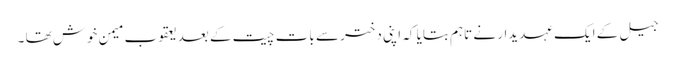
جیل کے ایک عہدیدار نے تاہم بتایا کہ اپنی دختر سے بات چیت کے بعد یعقوب میمن خوش تھا ۔